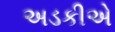
અડકીએ